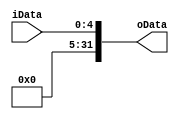
`timescale 1ns / 1ps
//////////////////////////////////////////////////////////////////////////////////
// Company: 
// Engineer: 
// 
// Design Name: 
// Module Name: EXT5
// Project Name: 
// Target Devices: 
// Tool Versions: 
// Description: 
// 
// Dependencies: 
// 
// Revision:
// Revision 0.01 - File Created
// Additional Comments:
// 
//////////////////////////////////////////////////////////////////////////////////


module EXT5(
   input [4:0]iData,
   output [31:0]oData
    );
    assign oData={27'b0,iData};
endmodule